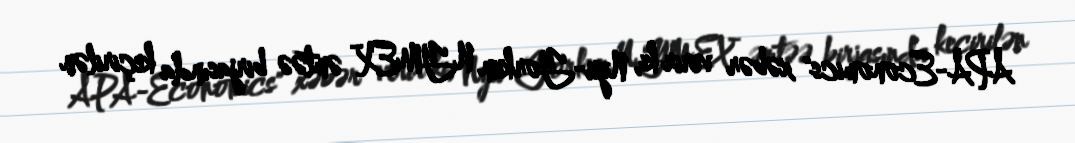
APA-Economics" xəbər verir ki, Nyu-Yorkun NYMEX əmtəə birjasında keçirilən